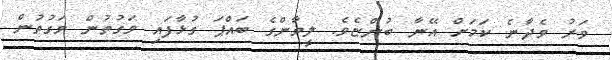
ވަރު ވެދާނެ ކަމަށް އޭނާ ބުންޏެވެ. ލީވާންގެ ބައްޕަ ގުޅާފައި ވަގުތުން ވަގުތުން